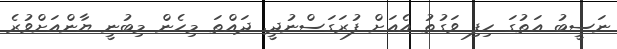
ނަސީބު އަތުގަ ހިފި ވަގުތު އެއަށް ފުރަގަސްނުދީ. ދައްތަ މިހެން މިބުނީ ޔާންއަށްވުރެ